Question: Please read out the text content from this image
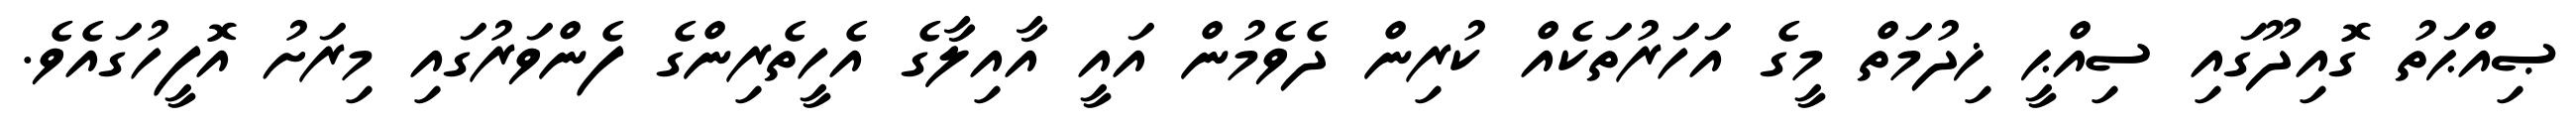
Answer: ޞިއްޙަތު ގޮއިދޫގައި ސިއްޙީ ޚިދުމަތް މީގެ އަހަރުތަކެއް ކުރިން ދެވެމުން އައީ އާއިލާގެ އެހީތެރިންގެ ފެންވަރުގައި މިރަށު އޮފީހުގައެވެ.